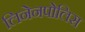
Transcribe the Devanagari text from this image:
लिनेनपोलिस